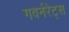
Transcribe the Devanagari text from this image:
गवर्नरेट्स